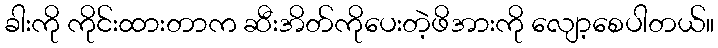
ခါးကို ကိုင်းထားတာက ဆီးအိတ်ကိုပေးတဲ့ဖိအားကို လျော့စေပါတယ်။